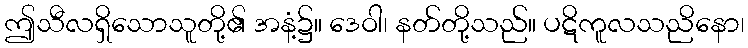
ဤသီလရှိသောသူတို့၏ အနံ့၌။ ဒေဝါ၊ နတ်တို့သည်။ ပဋိကူလသညိနော၊